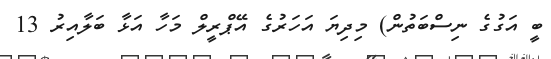
ބީ އަގުގެ ނިސްބަތުން) މިދިޔަ އަހަރުގެ އޭޕްރީލް މަހާ އަޅާ ބަލާއިރު 13